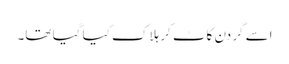
اسے گردن کاٹ کر ہلاک کیا گیا تھا۔